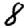
Digit: 8